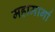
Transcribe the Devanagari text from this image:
महामार्गा